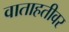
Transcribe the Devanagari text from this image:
वाताहतीवर